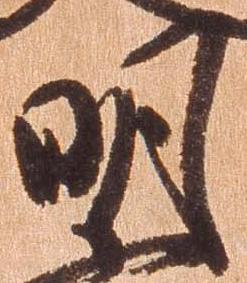
明